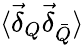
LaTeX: \langle\vec{\delta}_{Q}\vec{\delta}_{\bar{Q}}\rangle